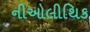
નીઓલીથિક